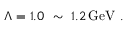
\Lambda = 1 . 0 \ \sim \ 1 . 2 \, \mathrm { G e V } \ .